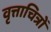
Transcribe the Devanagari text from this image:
वृत्ताचित्रों